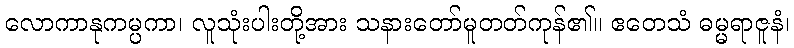
လောကာနုကမ္ပကာ၊ လူသုံးပါးတို့အား သနားတော်မူတတ်ကုန်၏။ ဧတေသံ ဓမ္မရာဇူနံ၊